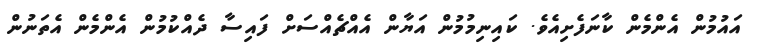
އައުމުން އެންމެން ކާނަފެށިއެވެ. ކައިނިމުމުން އަޔާން އެއްްޗެއްސަށް ފައިސާ ދެއްކުމުން އެންމެން އެތަނުން